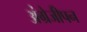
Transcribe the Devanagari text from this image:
अंग्रेजीपन